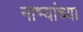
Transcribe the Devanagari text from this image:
नाभ्यांच्या